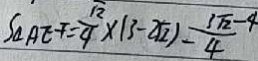
S _ { \Delta A E F } = \frac { \sqrt { 2 } } { 4 } \times ( 3 - 2 \sqrt { 2 } ) = \frac { 3 \sqrt { 2 } - 4 } { 4 }